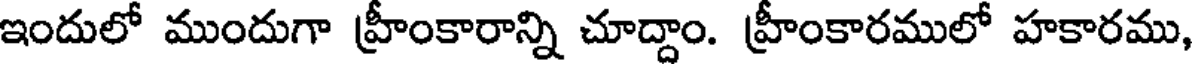
ఇందులో ముందుగా హ్రీంకారాన్ని చూద్దాం. హ్రీంకారములో హకారము,